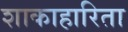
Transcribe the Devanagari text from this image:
शाकाहारिता